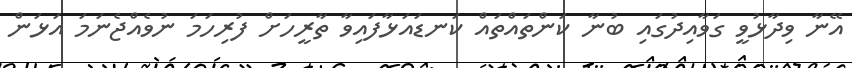
އޭނާ ވިދާޅުވީ ގަވާއިދުގައި ބުނާ ކަންތައްތައް ކަނޑައަޅާފައިވާ ތާރީހަށް ފުރިހަމަ ނުވެއްޖެނަމަ އަޅަން